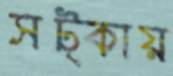
সট্‌কায়